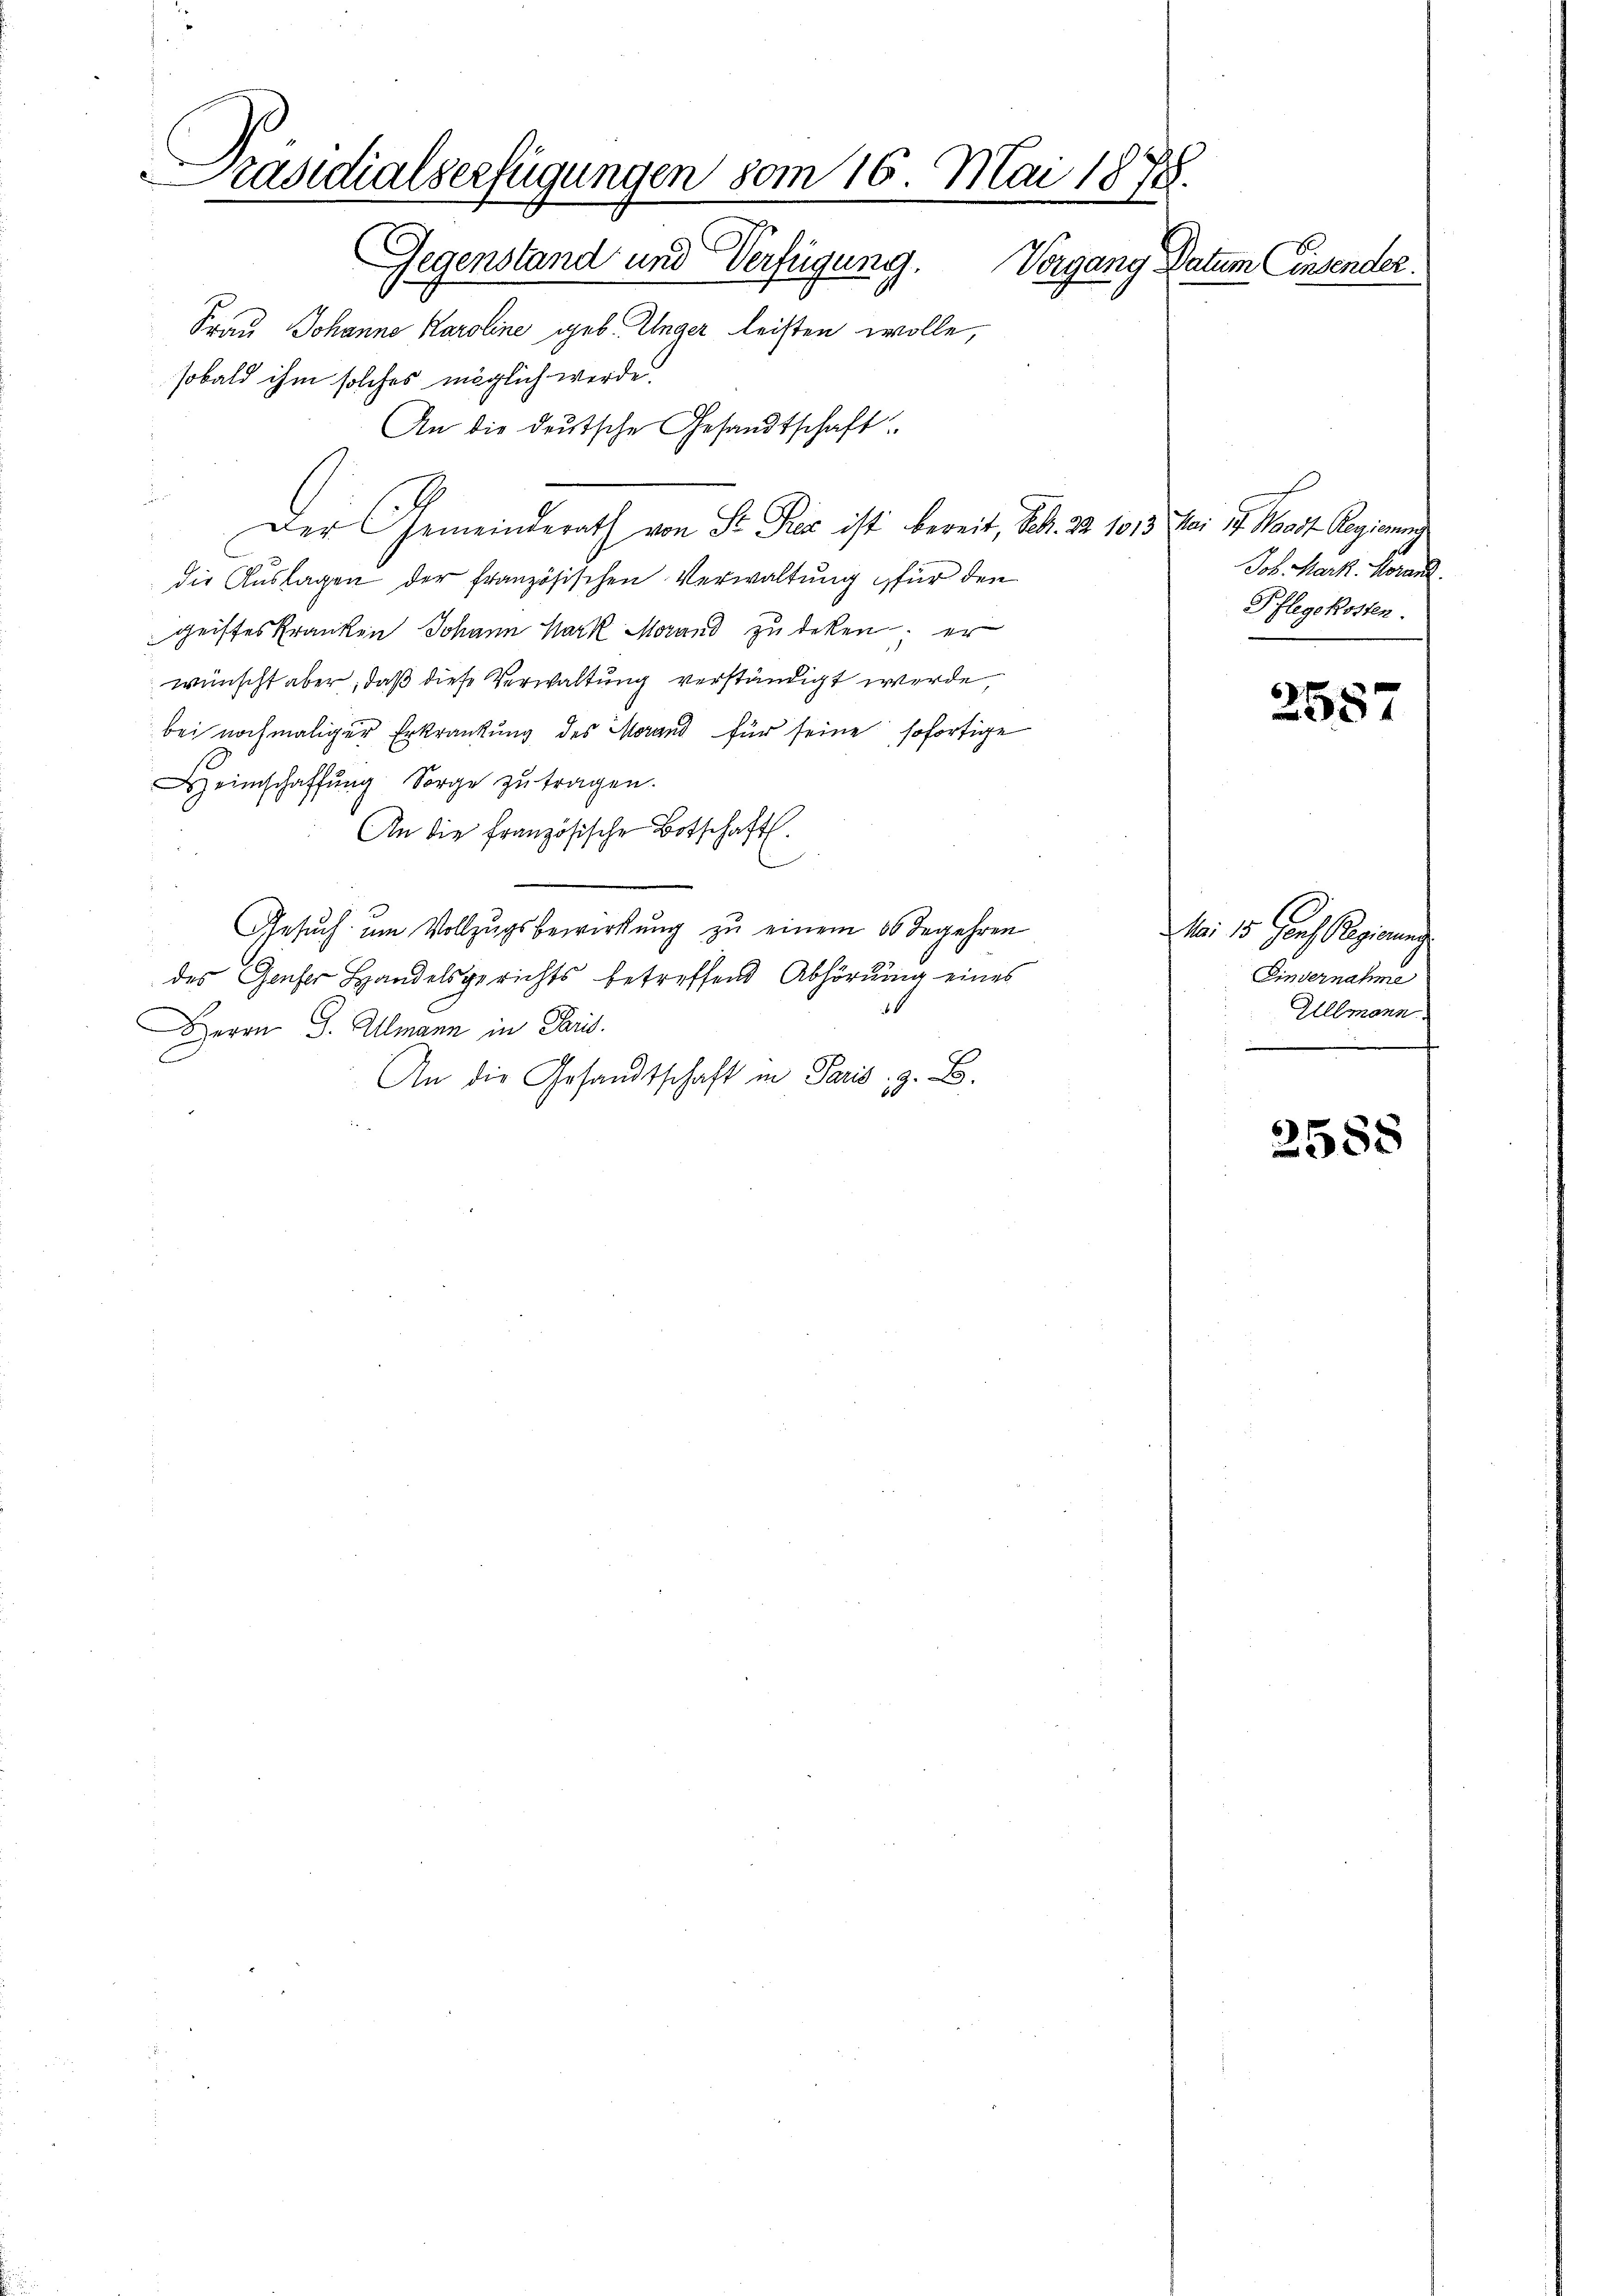
Präsidialserfügungen vom 16. Mai 1878.
Gegenstand und Verfügung.
Vorgang Datum Einsender.
Frau Johanne Karoline geb. Unger leisten wolle,

sobald ihm solches möglich werde.
An die deutsche Gesandtschaft
.
Der Gemeinderath von St. Pez ist bereit, Seb. 22. 1013 Mai 17. Maast Regierung
die Aŭslagen der französischen Verwaltung für den
geisteskranken Johann Mark Morand zu deken er
wünscht aber, daß diese Verwaltung verständigt werde,
bei nochmaliger Erkrankung des Morand für seine sofortige
einschaffŭng Sorge zŭ tragen.
An die französische Botschaft.
.
Gesuch um Vollzugsbewirkung zu einem 36 begehren
des Genfer Handelsgerichts betreffend Abhörung eines
6
Herrn J. Almann in Paris.
An die Gesandtschaft in Paris, z. B.

Joh. Mark. Voranz.
Pflegekosten.

258

Mai 15. Janz Regierung
Einvernahme
Allmann

258.